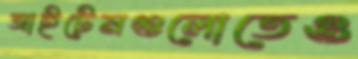
আইটেমগুলোতেও